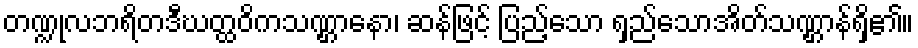
တဏ္ဍုလဘရိတဒီဃတ္ထဝိကသဏ္ဌာနော၊ ဆန်ဖြင့် ပြည့်သော ရှည်သောအိတ်သဏ္ဌာန်ရှိ၏။